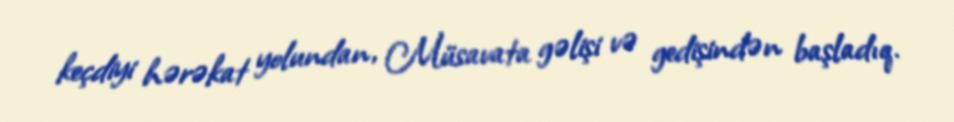
keçdiyi hərəkat yolundan, Müsavata gəlişi və gedişindən başladıq.